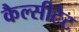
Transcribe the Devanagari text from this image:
कैल्सीटेट